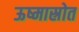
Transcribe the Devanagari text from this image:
ऊष्मास्रोत